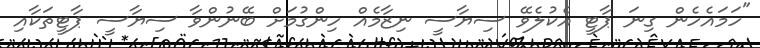
"ހަމައެހެން ގިނަ ޕާޓީ އެކުލެވޭ ސިޔާސީ ނިޒާމެއް ހިންގުމަށް ބޭނުންވާ ސިޔާސީ ޕާޓީތަކާއި